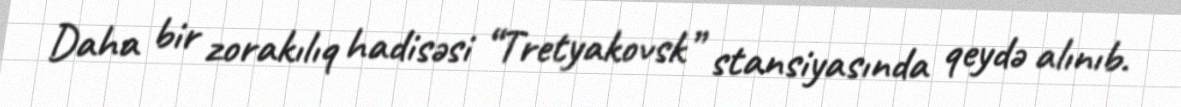
Daha bir zorakılıq hadisəsi “Tretyakovsk” stansiyasında qeydə alınıb.